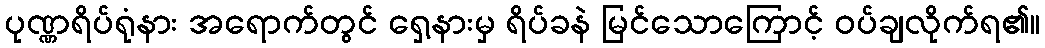
ပုဏ္ဏရိပ်ရုံနား အရောက်တွင် ရှေ့နားမှ ရိပ်ခနဲ မြင်သောကြောင့် ဝပ်ချလိုက်ရ၏။